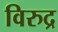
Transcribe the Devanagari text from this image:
विरुद्र